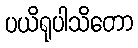
ပယိရုပါသိတော